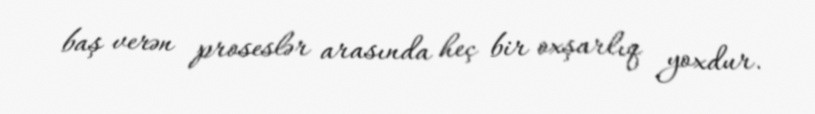
baş verən proseslər arasında heç bir oxşarlıq yoxdur.